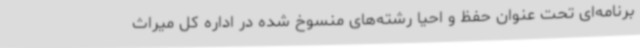
برنامه‌ای تحت عنوان حفظ و احیا رشته‌های منسوخ شده در اداره کل میراث